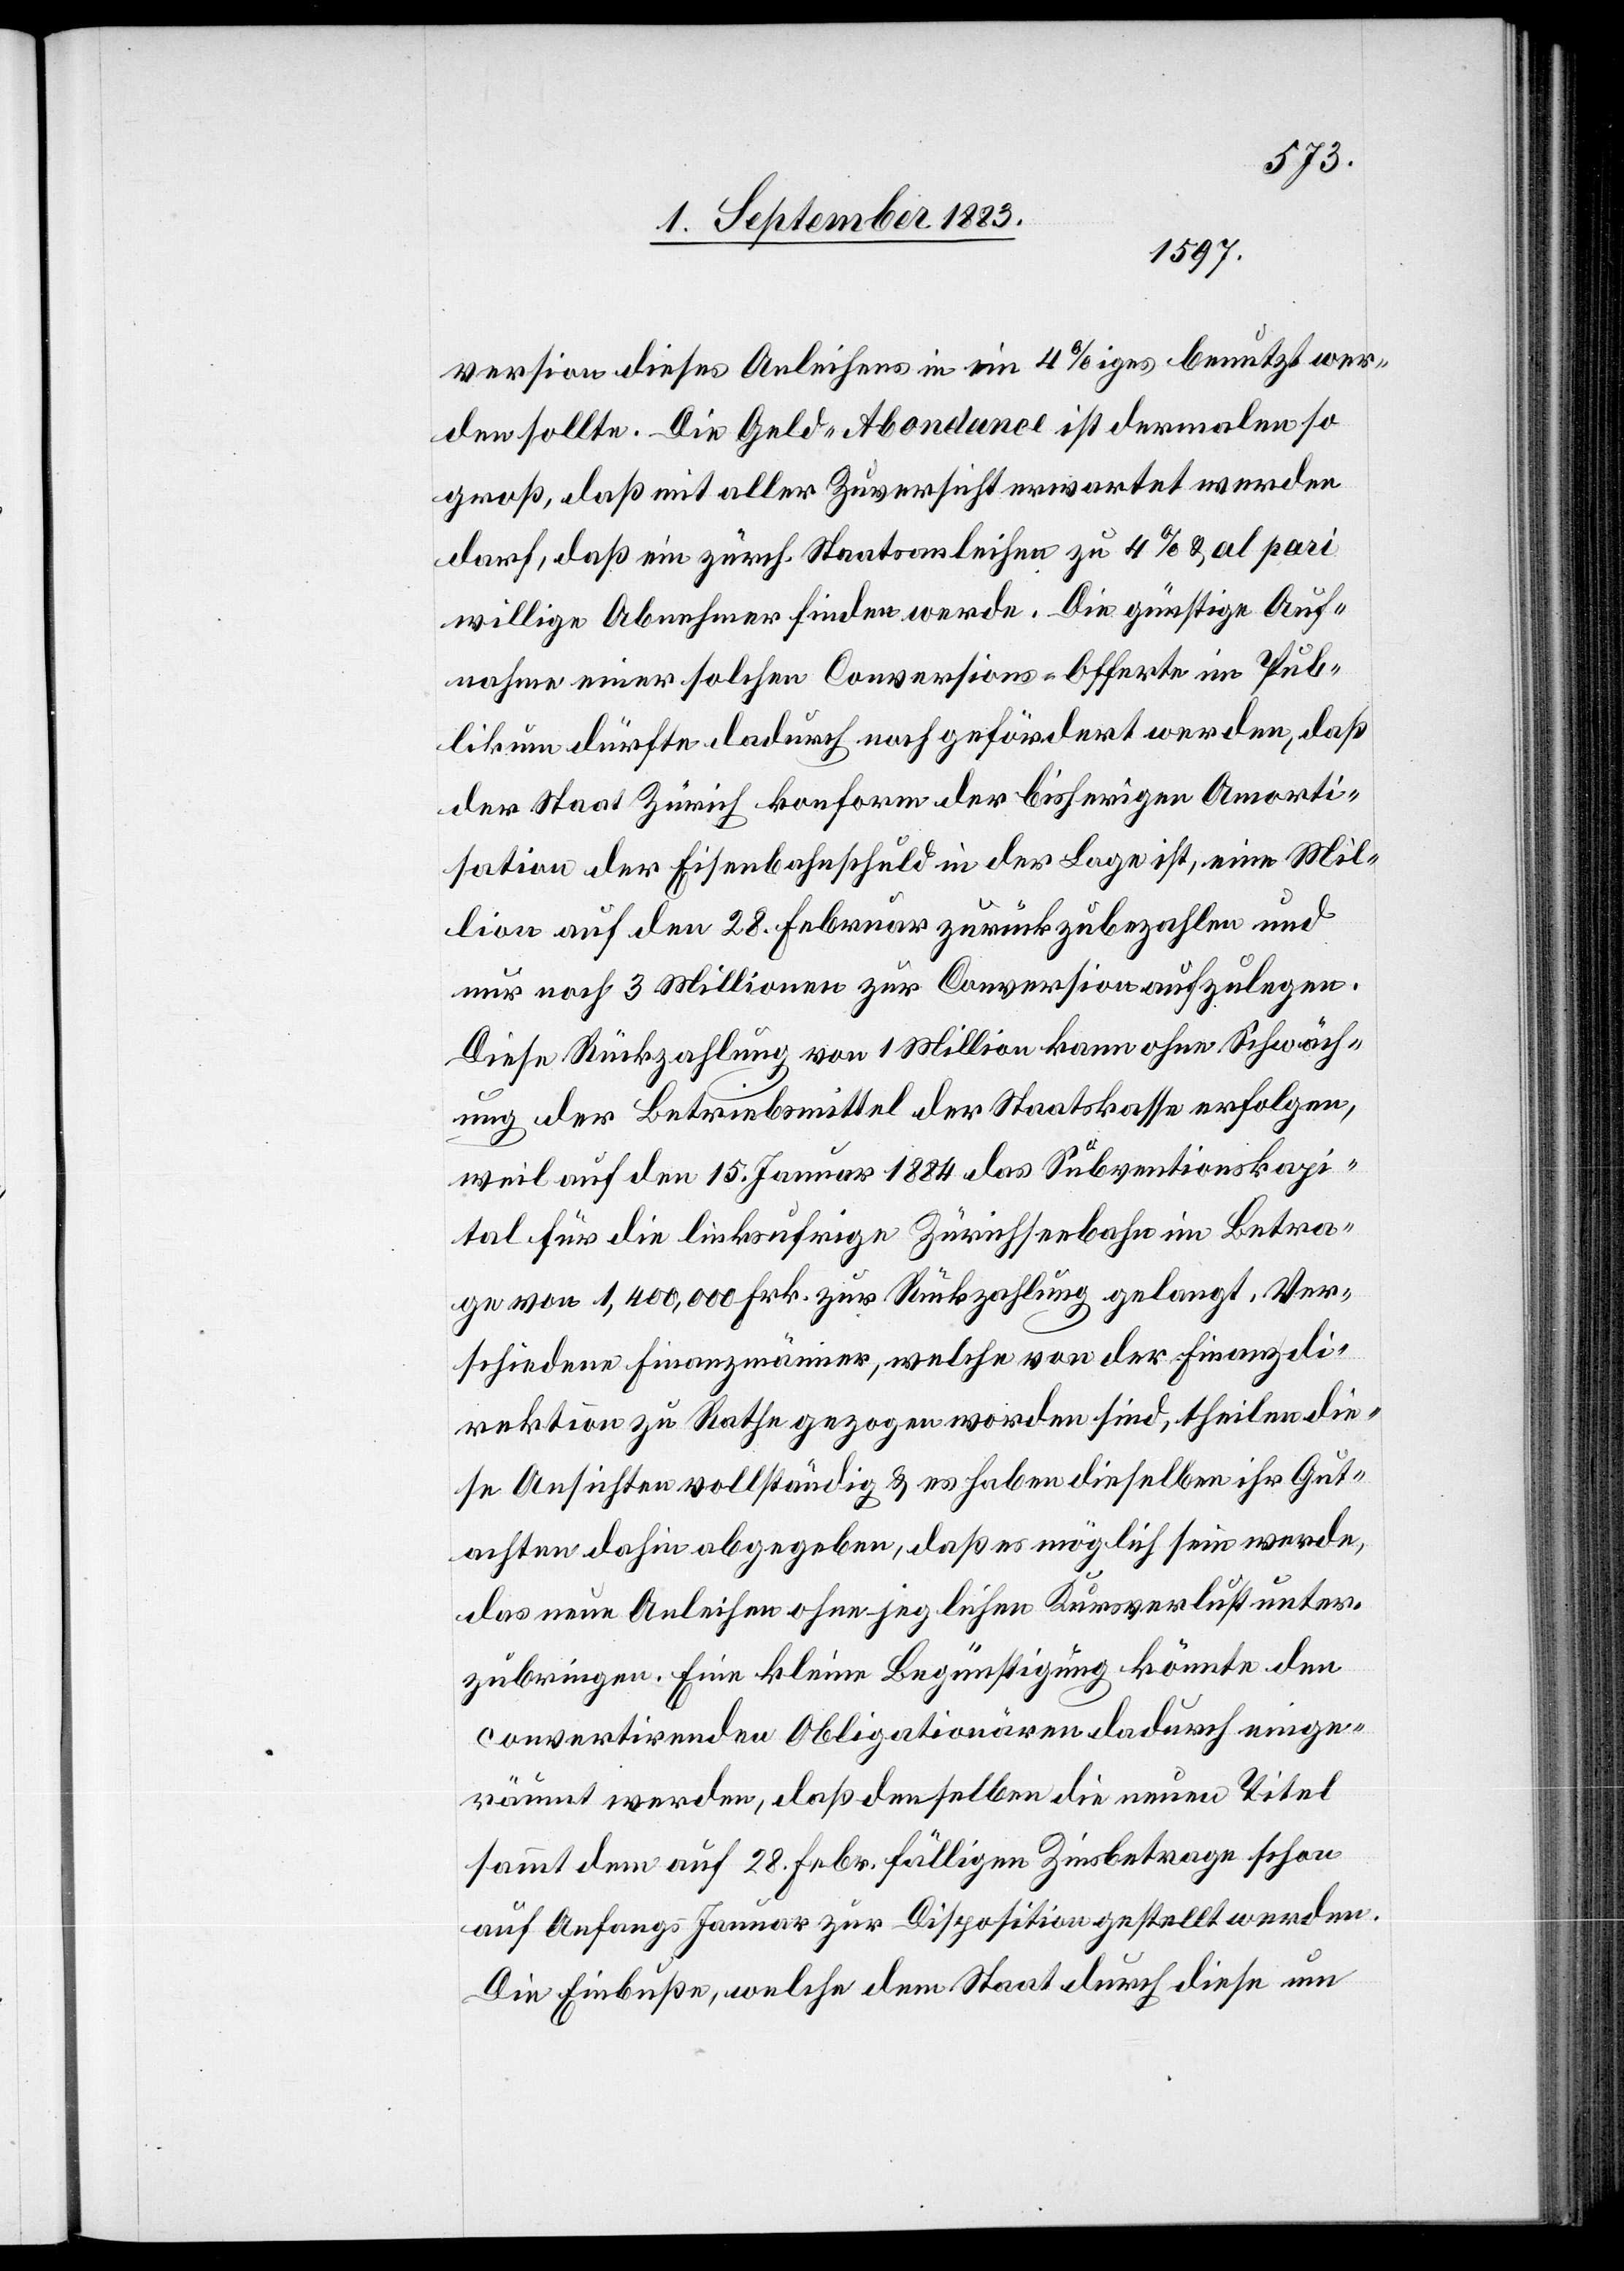
version dieses Anleihens in ein 4%iges benutzt wer¬
den sollte. Die Geld-Abondance ist dermalen so
groß, daß mit aller Zuversicht erwartet werden
darf, daß ein zürch. Staatsanleihen zu 4% & al pari
willige Abnehmer finden werde. Die günstige Auf¬
nahme einer solchen Conversions-Offerte im Pub¬
likum dürfte dadurch noch gefördert werden, daß
der Staat Zürich konform der bisherigen Amorti¬
sation der Eisenbahnschuld in der Lage ist, eine Mil¬
lion auf den 28. Februar zurückzubezahlen und
nur noch 3 Millionen zur Conversion aufzulegen.
Diese Rückzahlung von 1 Million kann ohne Schwäch¬
ung der Betriebsmittel der Staatskasse erfolgen,
weil auf den 15. Januar 1884 das Subventionskapi¬
tal für die linksufrige Zürichseebahn im Betra¬
ge von 1,400,000 Frk. zur Rückzahlung gelangt. Ver¬
schiedene Finanzmänner, welche von der Finanzdi¬
rektion zu Rathe gezogen worden sind, theilen die¬
se Ansichten vollständig & es haben dieselben ihr Gut¬
achten dahin abgegeben, daß es möglich sein werde,
das neue Anleihen ohne jeglichen Kursverlust unter¬
zubringen. Eine kleine Begünstigung könnte den
convertirenden Obligationären dadurch einge¬
räumt werden, daß denselben die neuen Titel
sammt dem auf 28. Febr. fälligen Zinsbetrage schon
auf Anfangs Januar zur Disposition gestellt werden.
Die Einbuße, welche dem Staat durch diese um